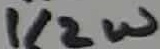
Text: 1/2W